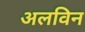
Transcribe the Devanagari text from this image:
अलविन